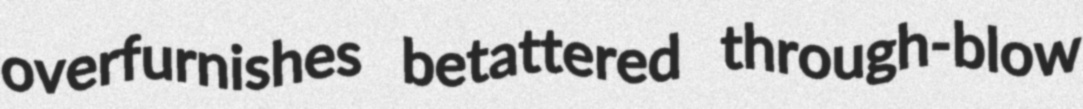
overfurnishes betattered through-blow